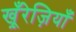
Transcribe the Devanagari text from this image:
खू़ँरेज़ियाँ